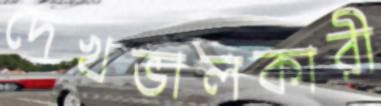
দেখভালকারী